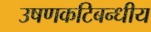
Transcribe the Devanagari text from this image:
उषणकटिबन्धीय